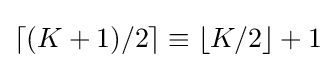
\lceil (K+1)/2\rceil \equiv \lfloor K/2\rfloor +1